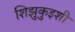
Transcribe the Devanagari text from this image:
शिझुकुइशी